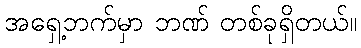
အရှေ့ဘက်မှာ ဘဏ် တစ်ခုရှိတယ်။